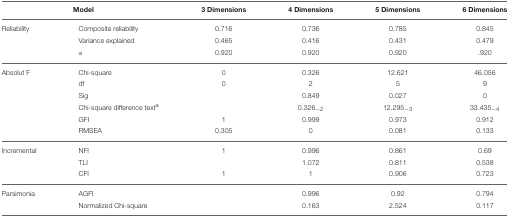
| <COLSPAN=2> Model | 3 Dimensions | 4 Dimensions | 5 Dimensions | 6 Dimensions |
 | --- | --- | --- | --- | --- | --- |
 | Reliability | Composite reliability | 0.716 | 0.736 | 0.785 | 0.845 |
 |  | Variance explained | 0.465 | 0.416 | 0.431 | 0.479 |
 |  | α | 0.920 | 0.920 | 0.920 | .920 |
 | Absolut F | Chi-square | 0 | 0.326 | 12.621 | 46.056 |
 |  | df | 0 | 2 | 5 | 9 |
 |  | Sig |  | 0.849 | 0.027 | 0 |
 |  | Chi-square difference texta |  | 0.326−2 | 12.295−3 | 33.435−4 |
 |  | GFI | 1 | 0.999 | 0.973 | 0.912 |
 |  | RMSEA | 0.305 | 0 | 0.081 | 0.133 |
 | Incremental | NFI | 1 | 0.996 | 0.861 | 0.69 |
 |  | TLI |  | 1.072 | 0.811 | 0.538 |
 |  | CFI | 1 | 1 | 0.906 | 0.723 |
 | Parsimonia | AGFI |  | 0.996 | 0.92 | 0.794 |
 |  | Normalized Chi-square |  | 0.163 | 2.524 | 0.117 |